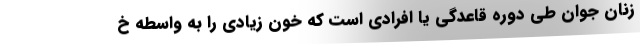
زنان جوان طی دوره قاعدگی یا افرادی است که خون زیادی را به واسطه خ